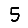
Digit: 5